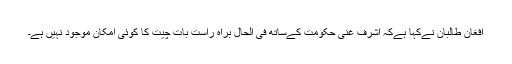
افغان طالبان نےکہا ہےکہ اشرف غنی حکومت کےساتھ فی الحال براہ راست بات چیت کا کوئی امکان موجود نہیں ہے۔